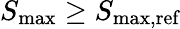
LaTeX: S_{\textrm{max}}\geq S_{\textrm{max,ref}}